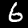
Label: 6